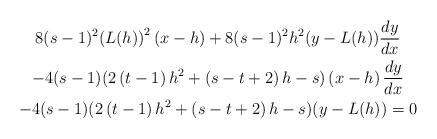
LaTeX: \begin{gather*}8(s-1)^{2}{\large (}L(h){\large )}^{2}\left( x-h\right) +8(s-1)^{2}h^{2}{\large (}y-L(h){\large )}\dfrac{dy}{dx} \\-4(s-1){\large (}2\left( t-1\right) h^{2}+\left( s-t+2\right) h-s{\large )}\left( x-h\right) \dfrac{dy}{dx} \\-4(s-1){\large (}2\left( t-1\right) h^{2}+\left( s-t+2\right) h-s{\large )(}y-L(h){\large )}=0\end{gather*}